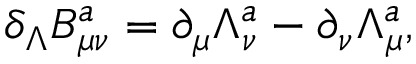
\delta _ { \Lambda } B _ { \mu \nu } ^ { a } = \partial _ { \mu } \Lambda _ { \nu } ^ { a } - \partial _ { \nu } \Lambda _ { \mu } ^ { a } ,